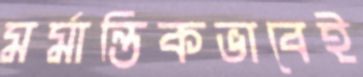
মর্মান্তিকভাবেই